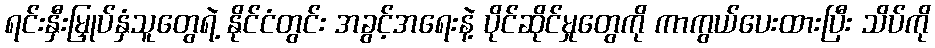
ရင်းနှီးမြှုပ်နှံသူတွေရဲ့ နိုင်ငံတွင်း အခွင့်အရေးနဲ့ ပိုင်ဆိုင်မှုတွေကို ကာကွယ်ပေးထားပြီး သိပ်ကို